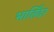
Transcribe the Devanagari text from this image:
भार्तिंदर